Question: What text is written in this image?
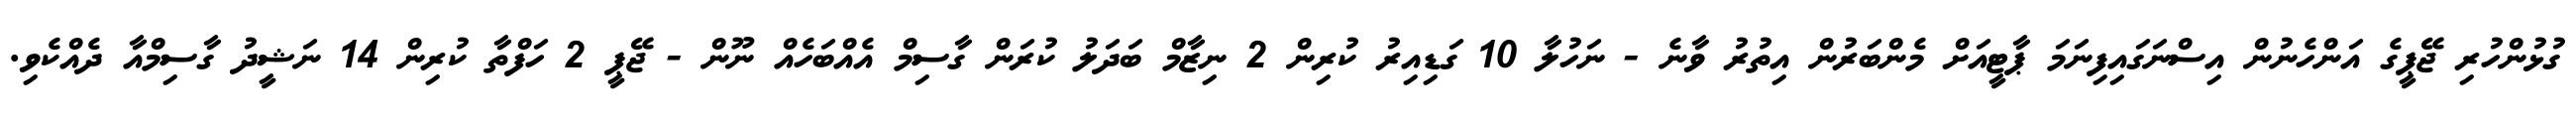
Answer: ގުޅުންހުރި ޖޭޕީގެ އަންހެނުން އިސްނަގައިފިނަމަ ޕާޓީއަށް މެންބަރުން އިތުރު ވާނެ - ނަހުލާ 10 ގަޑިއިރު ކުރިން 2 ނިޒާމް ބަދަލު ކުރަން ގާސިމް އެއްބަހެއް ނޫން - ޖޭޕީ 2 ހަފްތާ ކުރިން 14 ނަޝީދު ގާސިމްއާ ދެއްކެވި.